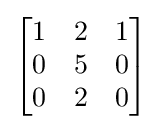
{\begin{bmatrix}1&2&1\\0&5&0\\0&2&0\end{bmatrix}}